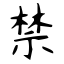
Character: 禁